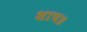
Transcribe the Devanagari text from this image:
शाप॥